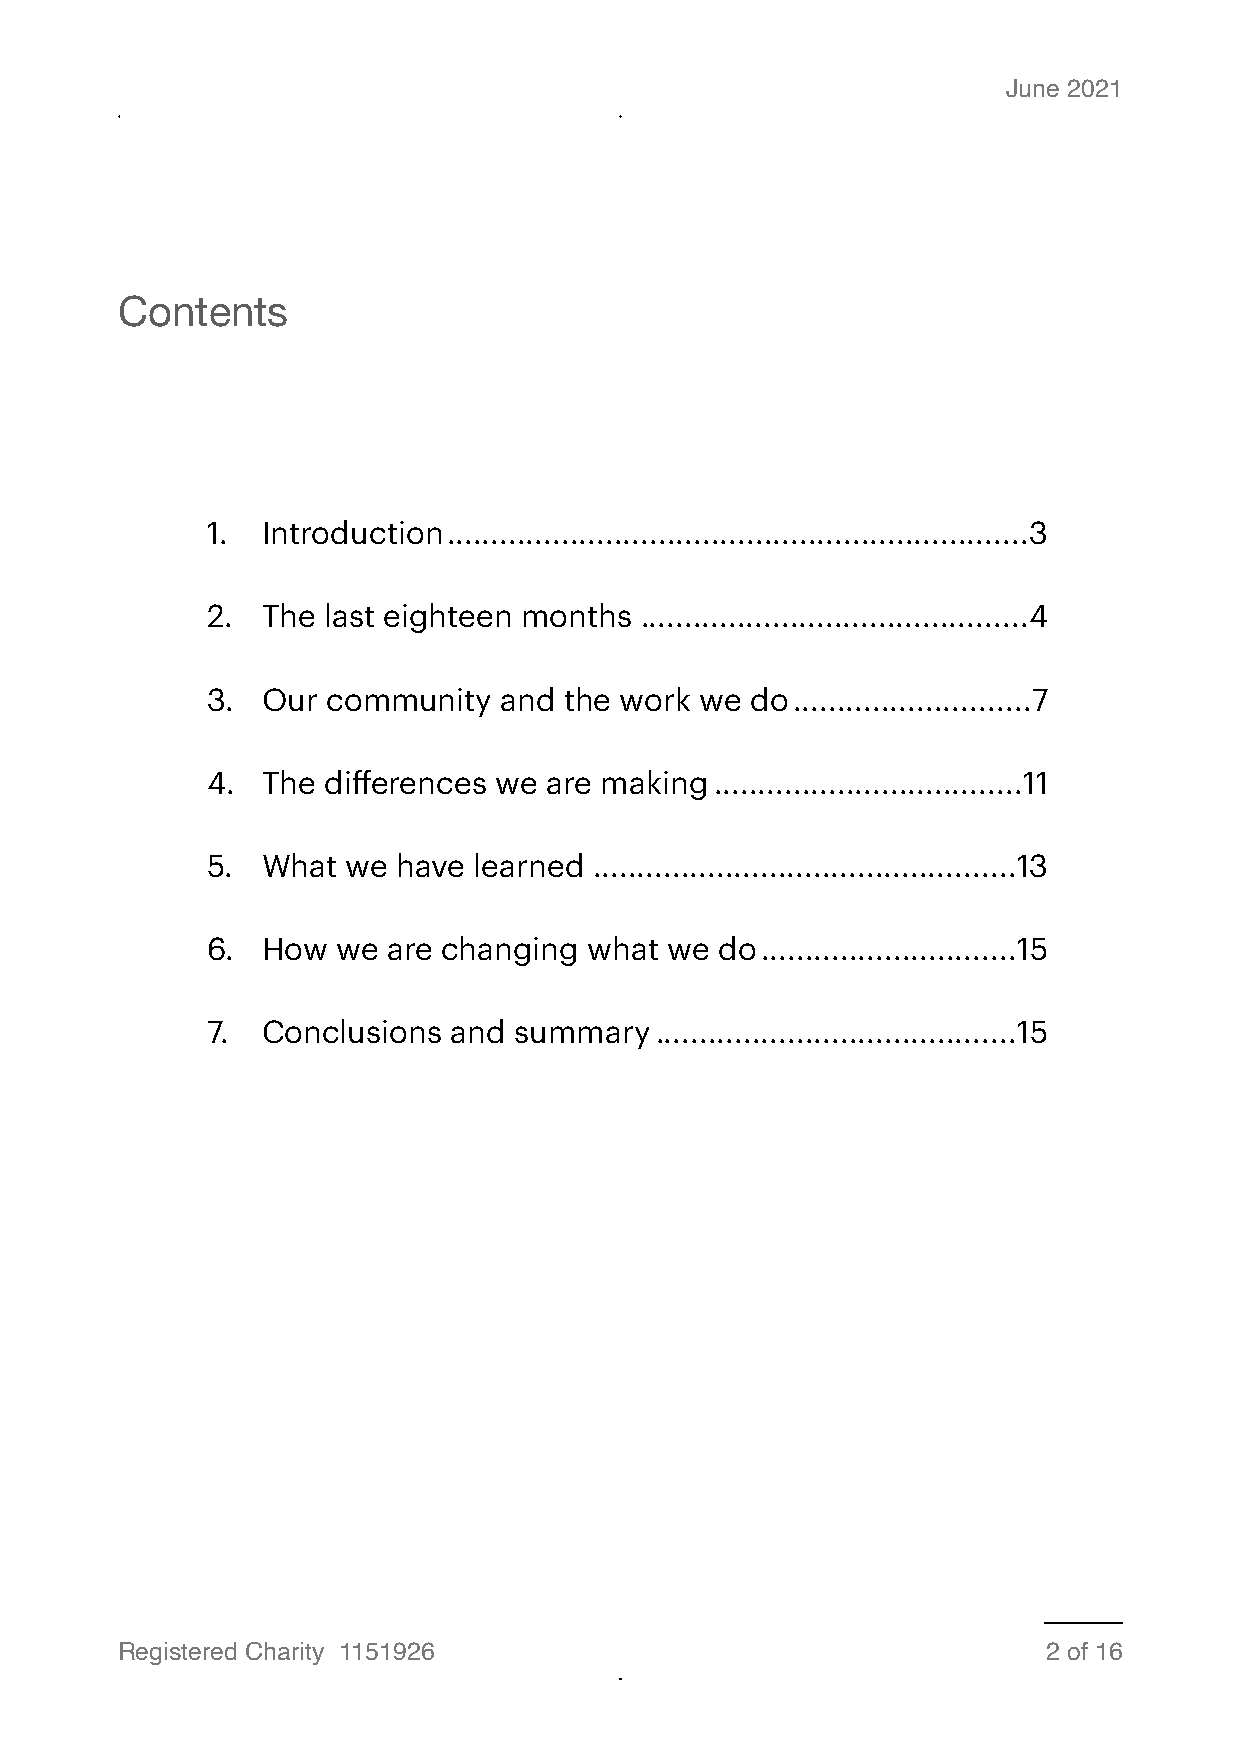
June 2021
 Contents
 1. Introduction ..................................................................3
 2. The last eighteen months ............................................4
 3. Our  community  and the work we  do ...........................7
 4. The differences we are making ...................................11
 5. What  we have learned ................................................13
 6. How  we  are changing what we  do .............................15
 7. Conclusions  and summary  .........................................15
 Registered Charity 1151926                                   2 of 16